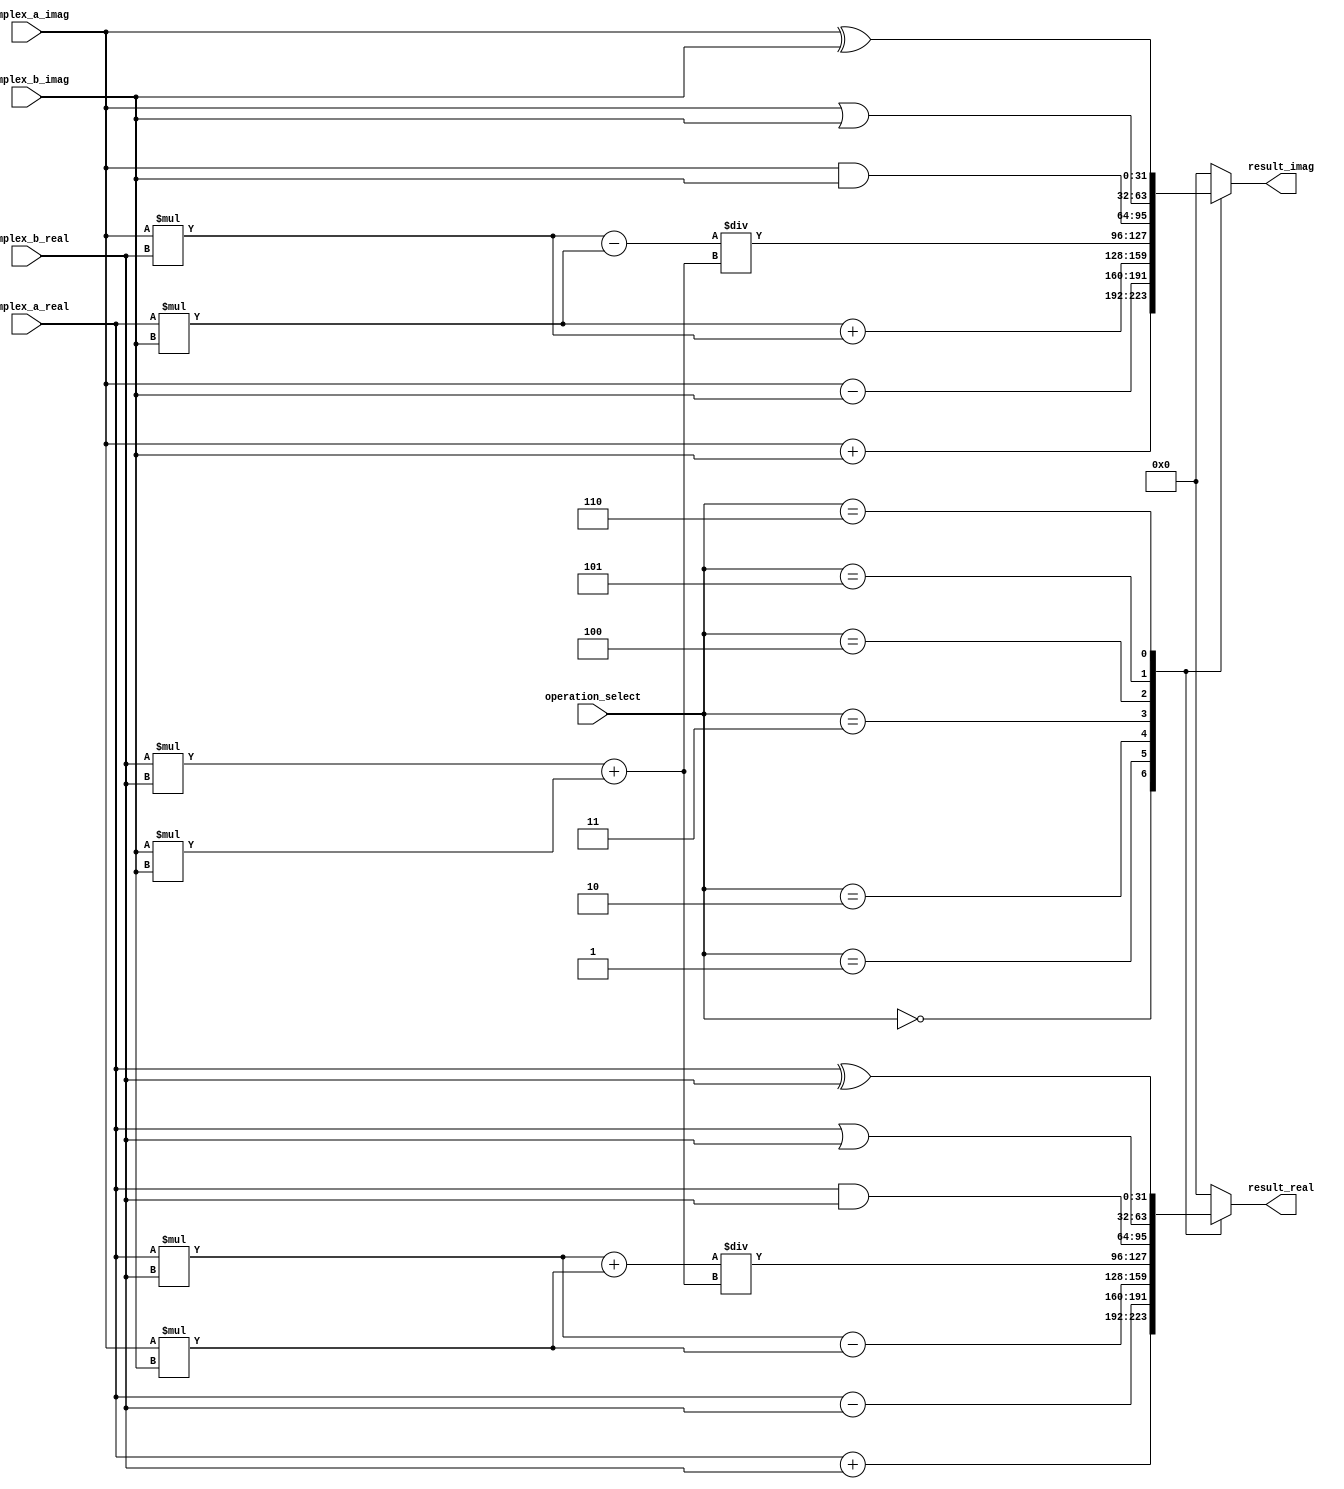
module complex_alu(
    input [31:0] complex_a_real,
    input [31:0] complex_a_imag,
    input [31:0] complex_b_real,
    input [31:0] complex_b_imag,
    input [2:0] operation_select, // 0: addition, 1: subtraction, 2: multiplication, 3: division, 4: AND, 5: OR, 6: XOR
    output reg [31:0] result_real,
    output reg [31:0] result_imag
);

reg [31:0] temp1_real, temp1_imag, temp2_real, temp2_imag;

always @(*)
begin
    case(operation_select)
        0: // addition
        begin
            result_real = complex_a_real + complex_b_real;
            result_imag = complex_a_imag + complex_b_imag;
        end
        1: // subtraction
        begin
            result_real = complex_a_real - complex_b_real;
            result_imag = complex_a_imag - complex_b_imag;
        end
        2: // multiplication
        begin
            result_real = (complex_a_real * complex_b_real) - (complex_a_imag * complex_b_imag);
            result_imag = (complex_a_real * complex_b_imag) + (complex_a_imag * complex_b_real);
        end
        3: // division
        begin
            temp1_real = (complex_a_real * complex_b_real) + (complex_a_imag * complex_b_imag);
            temp1_imag = (complex_a_imag * complex_b_real) - (complex_a_real * complex_b_imag);
            temp2_real = (complex_b_real * complex_b_real) + (complex_b_imag * complex_b_imag);
            temp2_imag = (complex_b_real * complex_b_imag) - (complex_b_imag * complex_b_real);
            result_real = temp1_real / temp2_real;
            result_imag = temp1_imag / temp2_real;
        end
        4: // AND
        begin
            result_real = complex_a_real & complex_b_real;
            result_imag = complex_a_imag & complex_b_imag;
        end
        5: // OR
        begin
            result_real = complex_a_real | complex_b_real;
            result_imag = complex_a_imag | complex_b_imag;
        end
        6: // XOR
        begin
            result_real = complex_a_real ^ complex_b_real;
            result_imag = complex_a_imag ^ complex_b_imag;
        end
        default:
        begin
            result_real = 32'h0;
            result_imag = 32'h0;
        end
    endcase
end

endmodule